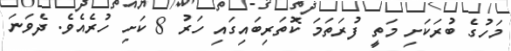
މަހުގެ ބުރަކަށި މަތީ ފުރަތަމަ ކޮތަރިބައިގައި ހަރު 8 ކަށި ހުރެއެވެ. ދެވަނަ